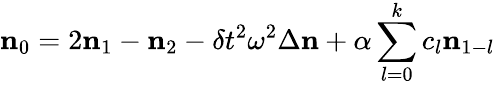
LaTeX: {\mathbf n}_{0}=2{\mathbf n}_{1}-{\mathbf n}_{2}-\delta t^{2}\omega^{2}\Delta{\mathbf n}+\alpha\sum_{l=0}^{k}c_{l}{\mathbf n}_{1-l}